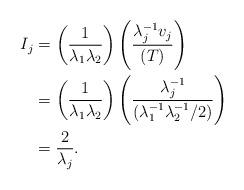
LaTeX: \begin{align*} I_j & = \left( \frac{1}{\lambda_1 \lambda_2} \right) \left( \frac{ \lambda_j^{-1} v_j }{(T)} \right) \\& = \left( \frac{1}{\lambda_1 \lambda_2} \right) \left( \frac{ \lambda_j^{-1} }{(\lambda_1^{-1} \lambda_2^{-1} / 2)} \right) \\& = \frac{2}{\lambda_j}.\end{align*}